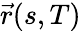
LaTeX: {\vec{r}}(s,T)